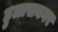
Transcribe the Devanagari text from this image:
हुलासनगर